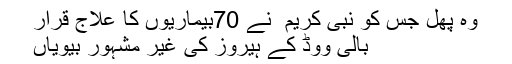
وہ پھل جس کو نبی کریم ؐ نے 70بیماریوں کا علاج قرار
بالی ووڈ کے ہیروز کی غیر مشہور بیویاں